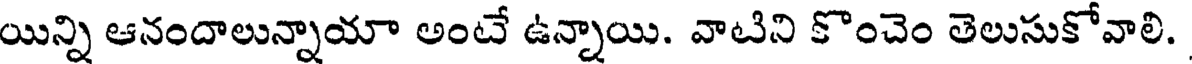
యిన్ని ఆనందాలున్నాయా అంటే ఉన్నాయి. వాటిని కొంచెం తెలుసుకోవాలి.